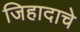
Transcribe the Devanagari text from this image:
जिहादाचे